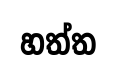
හත්ත